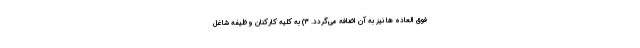
فوق العاده ها نیز به آن اضافه می‌گردد. ۳) به کلیه کارکنان وظیفه شاغل